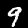
Label: 9